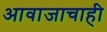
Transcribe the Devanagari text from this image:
आवाजाचाही